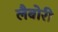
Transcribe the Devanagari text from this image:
लैबोरी